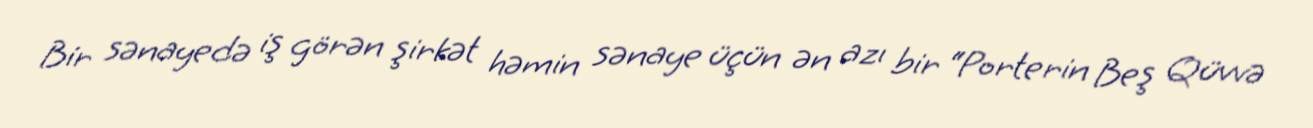
Bir sənayedə iş görən şirkət həmin sənaye üçün ən azı bir “Porterin Beş Qüvvə